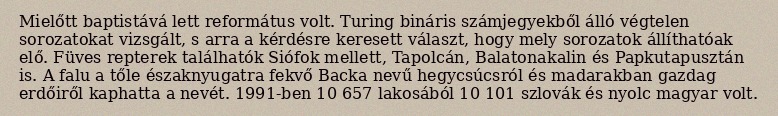
Mielőtt baptistává lett református volt. Turing bináris számjegyekből álló végtelen sorozatokat vizsgált, s arra a kérdésre keresett választ, hogy mely sorozatok állíthatóak elő. Füves repterek találhatók Siófok mellett, Tapolcán, Balatonakalin és Papkutapusztán is. A falu a tőle északnyugatra fekvő Backa nevű hegycsúcsról és madarakban gazdag erdőiről kaphatta a nevét. 1991-ben 10 657 lakosából 10 101 szlovák és nyolc magyar volt.